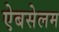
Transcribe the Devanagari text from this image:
ऐबसेलम